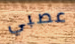
عصبي